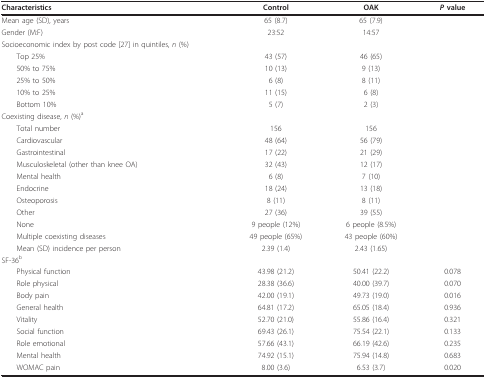
<table><thead><tr><td><b>Characteristics</b></td><td><b>Control</b></td><td><b>OAK</b></td><td><b><i>P </i>value</b></td></tr></thead><tbody><tr><td>Mean age (SD), years</td><td>65 (8.7)</td><td>65 (7.9)</td><td></td></tr><tr><td>Gender (M:F)</td><td>23:52</td><td>14:57</td><td></td></tr><tr><td>Socioeconomic index by post code [27] in quintiles, <i>n </i>(%)</td><td colspan="2"></td><td></td></tr><tr><td> Top 25%</td><td>43 (57)</td><td>46 (65)</td><td></td></tr><tr><td> 50% to 75%</td><td>10 (13)</td><td>9 (13)</td><td></td></tr><tr><td> 25% to 50%</td><td>6 (8)</td><td>8 (11)</td><td></td></tr><tr><td> 10% to 25%</td><td>11 (15)</td><td>6 (8)</td><td></td></tr><tr><td> Bottom 10%</td><td>5 (7)</td><td>2 (3)</td><td></td></tr><tr><td>Coexisting disease, <i>n </i>(%)<sup>a</sup></td><td colspan="2"></td><td></td></tr><tr><td> Total number</td><td>156</td><td>156</td><td></td></tr><tr><td> Cardiovascular</td><td>48 (64)</td><td>56 (79)</td><td></td></tr><tr><td> Gastrointestinal</td><td>17 (22)</td><td>21 (29)</td><td></td></tr><tr><td> Musculoskeletal (other than knee OA)</td><td>32 (43)</td><td>12 (17)</td><td></td></tr><tr><td> Mental health</td><td>6 (8)</td><td>7 (10)</td><td></td></tr><tr><td> Endocrine</td><td>18 (24)</td><td>13 (18)</td><td></td></tr><tr><td> Osteoporosis</td><td>8 (11)</td><td>8 (11)</td><td></td></tr><tr><td> Other</td><td>27 (36)</td><td>39 (55)</td><td></td></tr><tr><td> None</td><td>9 people (12%)</td><td>6 people (8.5%)</td><td></td></tr><tr><td> Multiple coexisting diseases</td><td>49 people (65%)</td><td>43 people (60%)</td><td></td></tr><tr><td> Mean (SD) incidence per person</td><td>2.39 (1.4)</td><td>2.43 (1.65)</td><td></td></tr><tr><td>SF-36<sup>b</sup></td><td></td><td></td><td></td></tr><tr><td> Physical function</td><td>43.98 (21.2)</td><td>50.41 (22.2)</td><td>0.078</td></tr><tr><td> Role physical</td><td>28.38 (36.6)</td><td>40.00 (39.7)</td><td>0.070</td></tr><tr><td> Body pain</td><td>42.00 (19.1)</td><td>49.73 (19.0)</td><td>0.016</td></tr><tr><td> General health</td><td>64.81 (17.2)</td><td>65.05 (18.4)</td><td>0.936</td></tr><tr><td> Vitality</td><td>52.70 (21.0)</td><td>55.86 (16.4)</td><td>0.321</td></tr><tr><td> Social function</td><td>69.43 (26.1)</td><td>75.54 (22.1)</td><td>0.133</td></tr><tr><td> Role emotional</td><td>57.66 (43.1)</td><td>66.19 (42.6)</td><td>0.235</td></tr><tr><td> Mental health</td><td>74.92 (15.1)</td><td>75.94 (14.8)</td><td>0.683</td></tr><tr><td> WOMAC pain</td><td>8.00 (3.6)</td><td>6.53 (3.7)</td><td>0.020</td></tr></tbody></table>